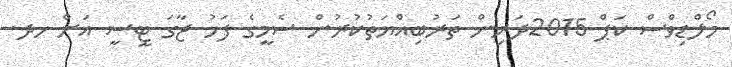
މޯލްޑިވްސް ކަޕް 2015ދަރިން ތަރުބިއްޔަތުކުރުން ސެމީގެ ފަހު ޖާގަ ޓީސީ އަށް ހދ.